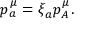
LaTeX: p _ { a } ^ { \mu } = \xi _ { a } p _ { A } ^ { \mu } .